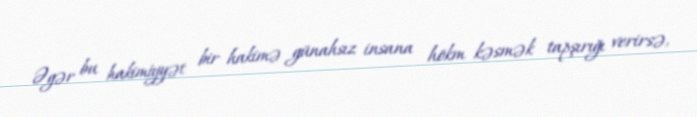
Əgər bu hakimiyyət bir hakimə günahsız insana hökm kəsmək tapşırığı verirsə,